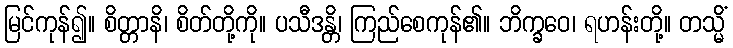
မြင်ကုန်၍။ စိတ္တာနိ၊ စိတ်တို့ကို။ ပသီဒန္တိ၊ ကြည်စေကုန်၏။ ဘိက္ခဝေ၊ ရဟန်းတို့။ တသ္မိံ